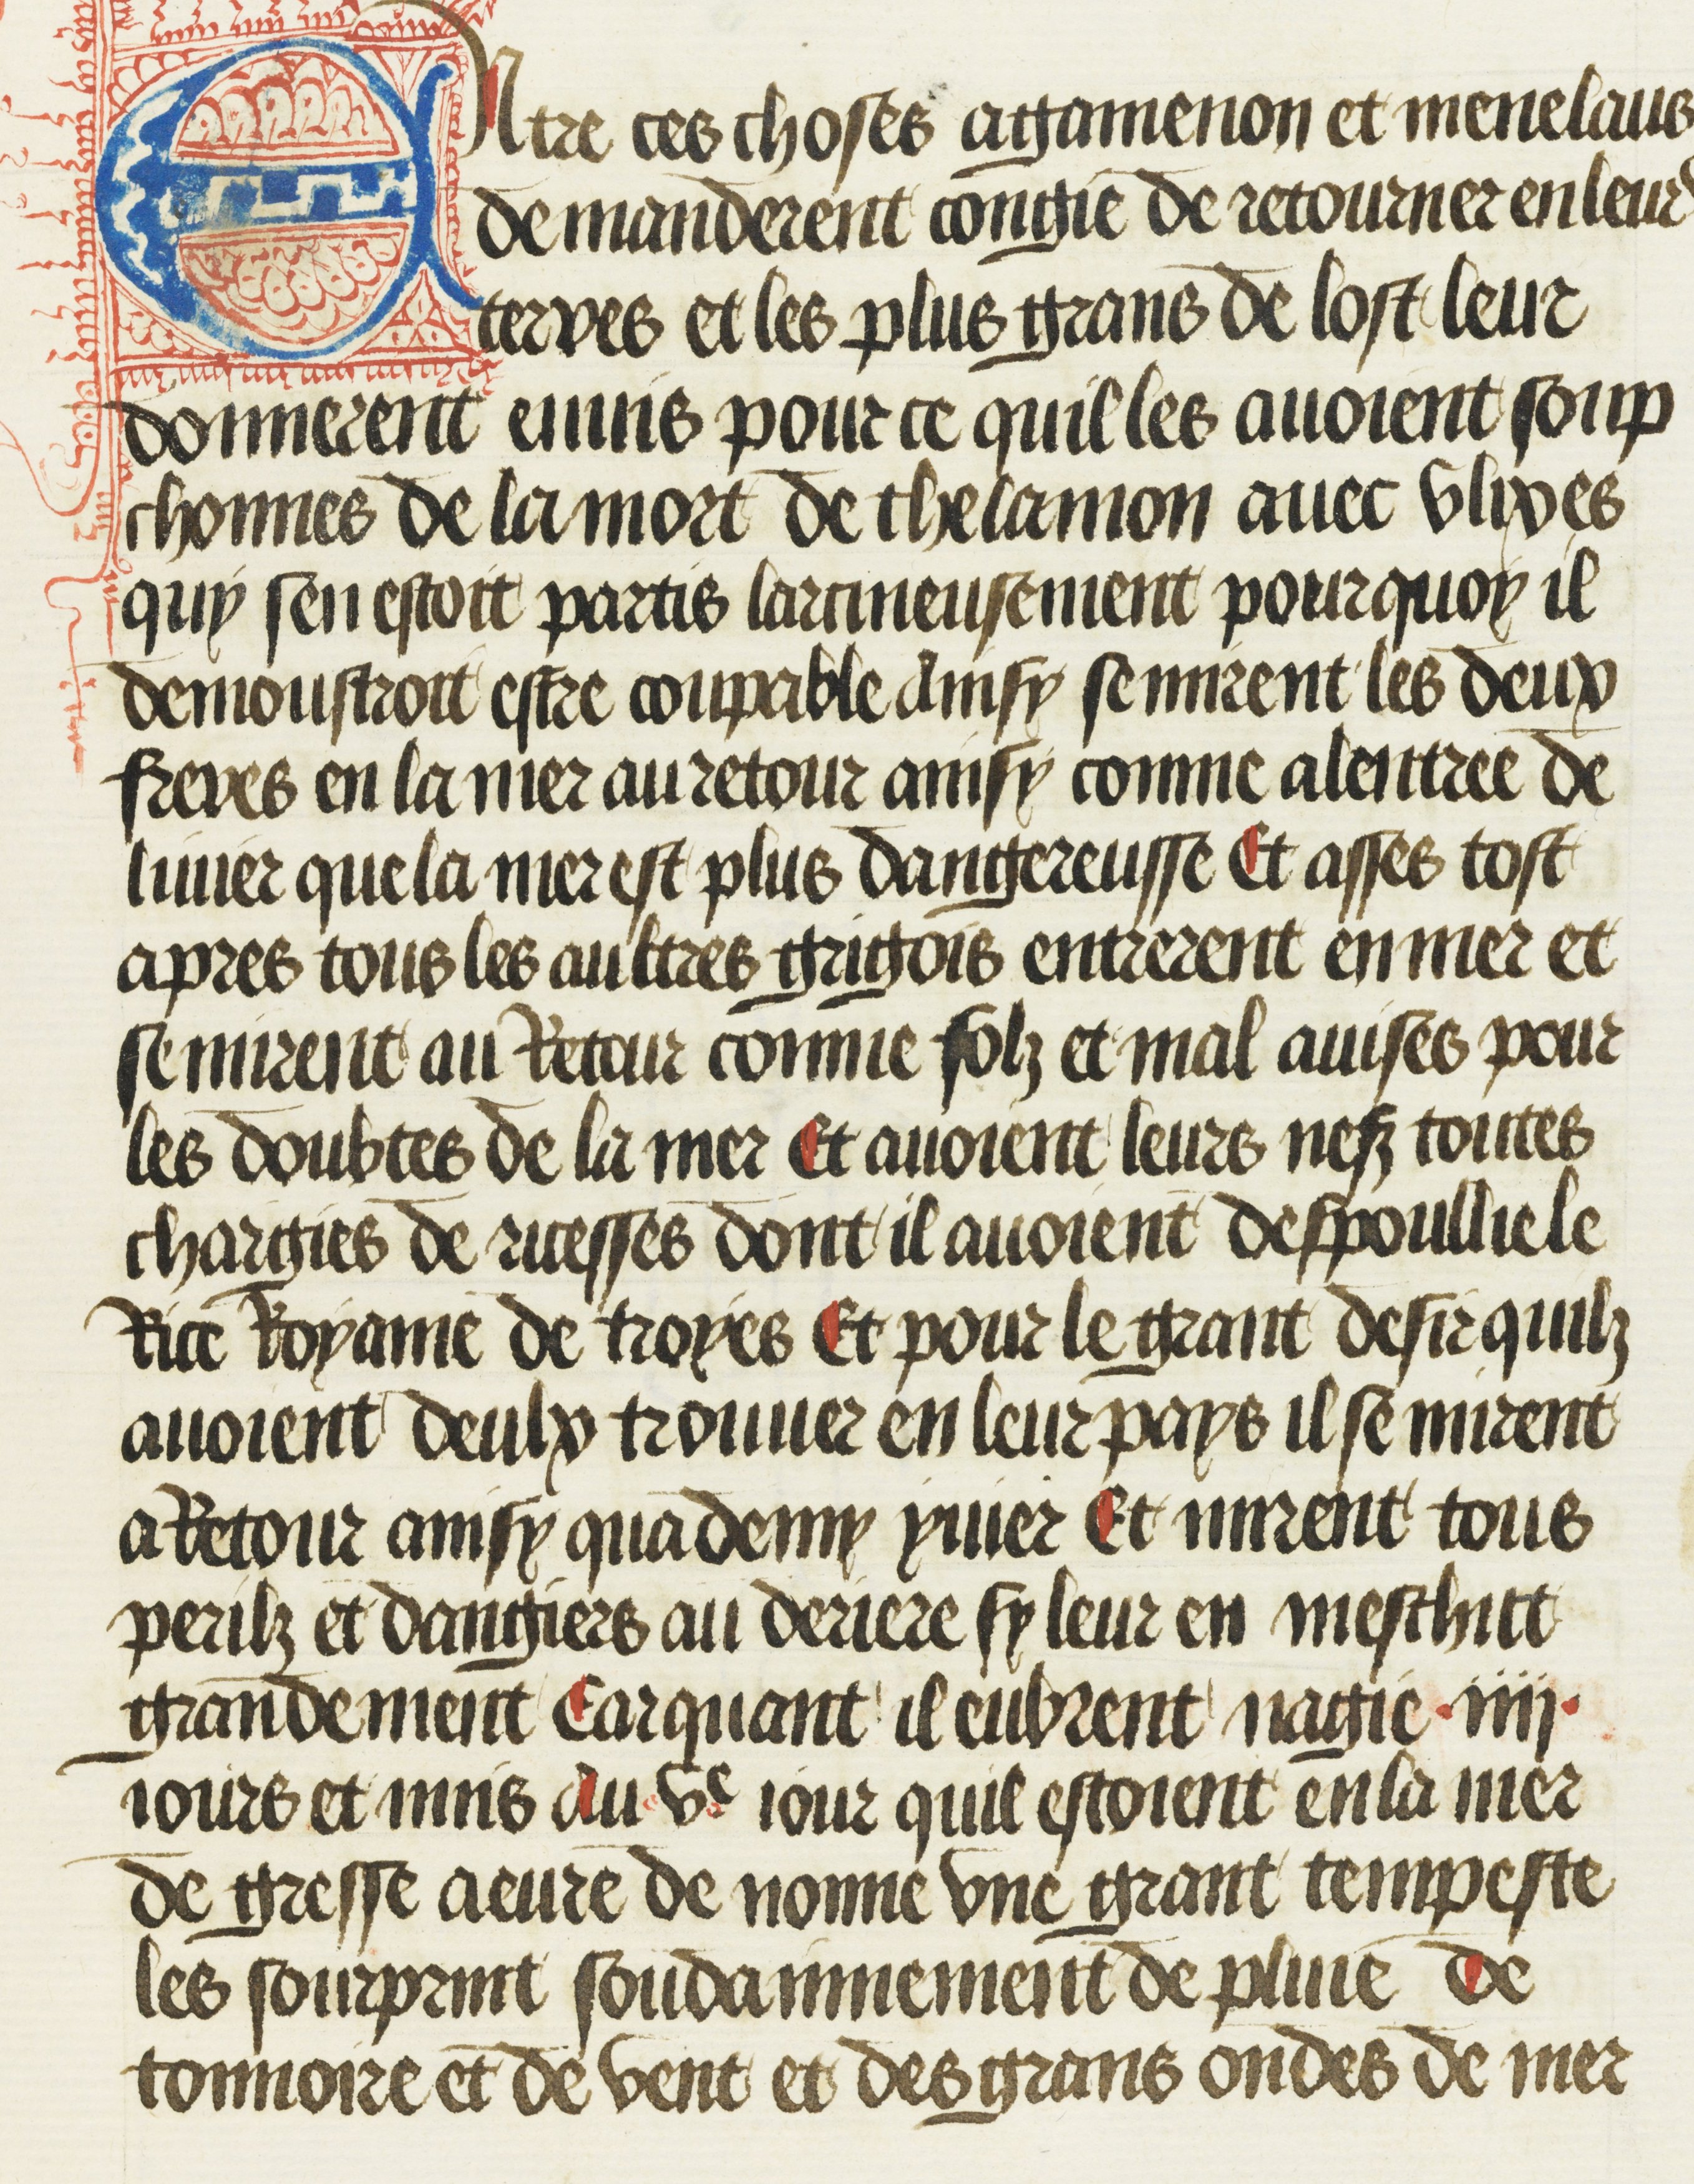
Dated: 1469–1469